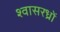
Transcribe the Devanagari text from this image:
श्वासरध्राें